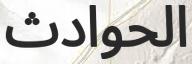
الحوادث